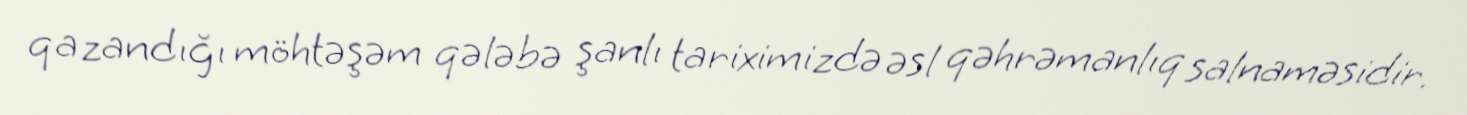
qazandığı möhtəşəm qələbə şanlı tariximizdə əsl qəhrəmanlıq salnaməsidir.